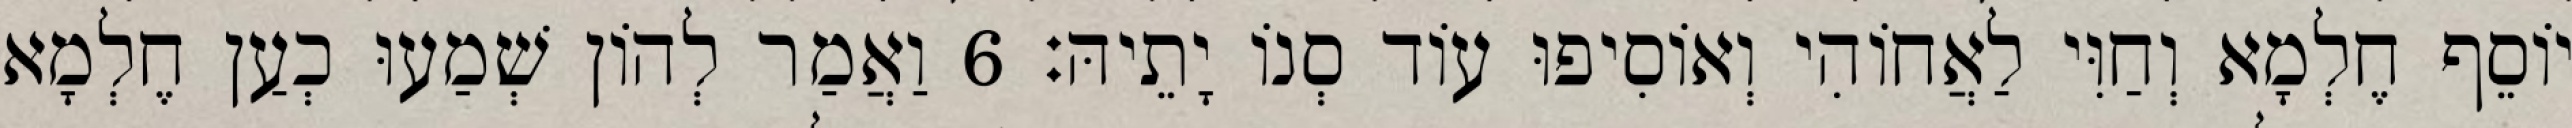
יוֹסֵף חֶלְמָא וְחַוִּי לַאֲחוֹהִי וְאוֹסִיפוּ עוֹד סְנוֹ יָתֵיהּ׃ 6 וַאֲמַר לְהוֹן שְׁמַעוּ כְעַן חֶלְמָא